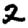
Digit: 2